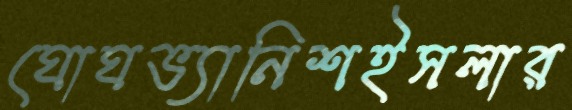
ঘোঘভ্যানিশইসলার